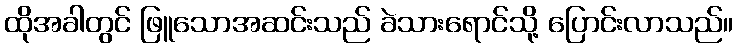
ထိုအခါတွင် ဖြူသောအဆင်းသည် ခဲသားရောင်သို့ ပြောင်းလာသည်။